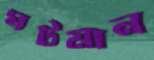
ঘটমান